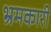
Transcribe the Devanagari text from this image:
भ्रमकारी